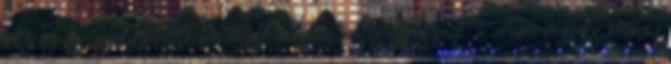
Az izsor nyelv összesen nyolc magánhangzót használ. Valamennyinek ismeri